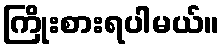
ကြိုးစားရပါမယ်။